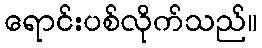
ရောင်းပစ်လိုက်သည်။